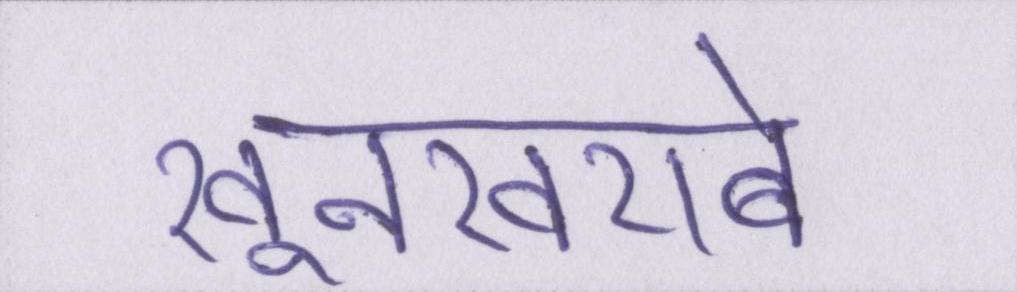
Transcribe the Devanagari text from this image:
खूनखराबे